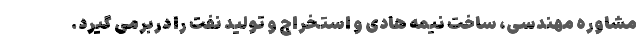
مشاوره مهندسی، ساخت نیمه هادی و استخراج و تولید نفت را دربرمی گیرد.